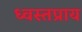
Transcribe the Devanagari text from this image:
ध्वस्तप्राय